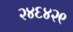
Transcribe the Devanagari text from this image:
२४६४२९